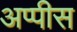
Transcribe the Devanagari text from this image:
अप्पीस